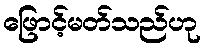
ဖြောင့်မတ်သည်ဟု